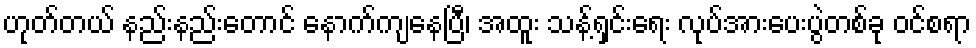
ဟုတ်တယ် နည်းနည်းတောင် နောက်ကျနေပြီ၊ အထူး သန့်ရှင်းရေး လုပ်အားပေးပွဲတစ်ခု ဝင်စရာ